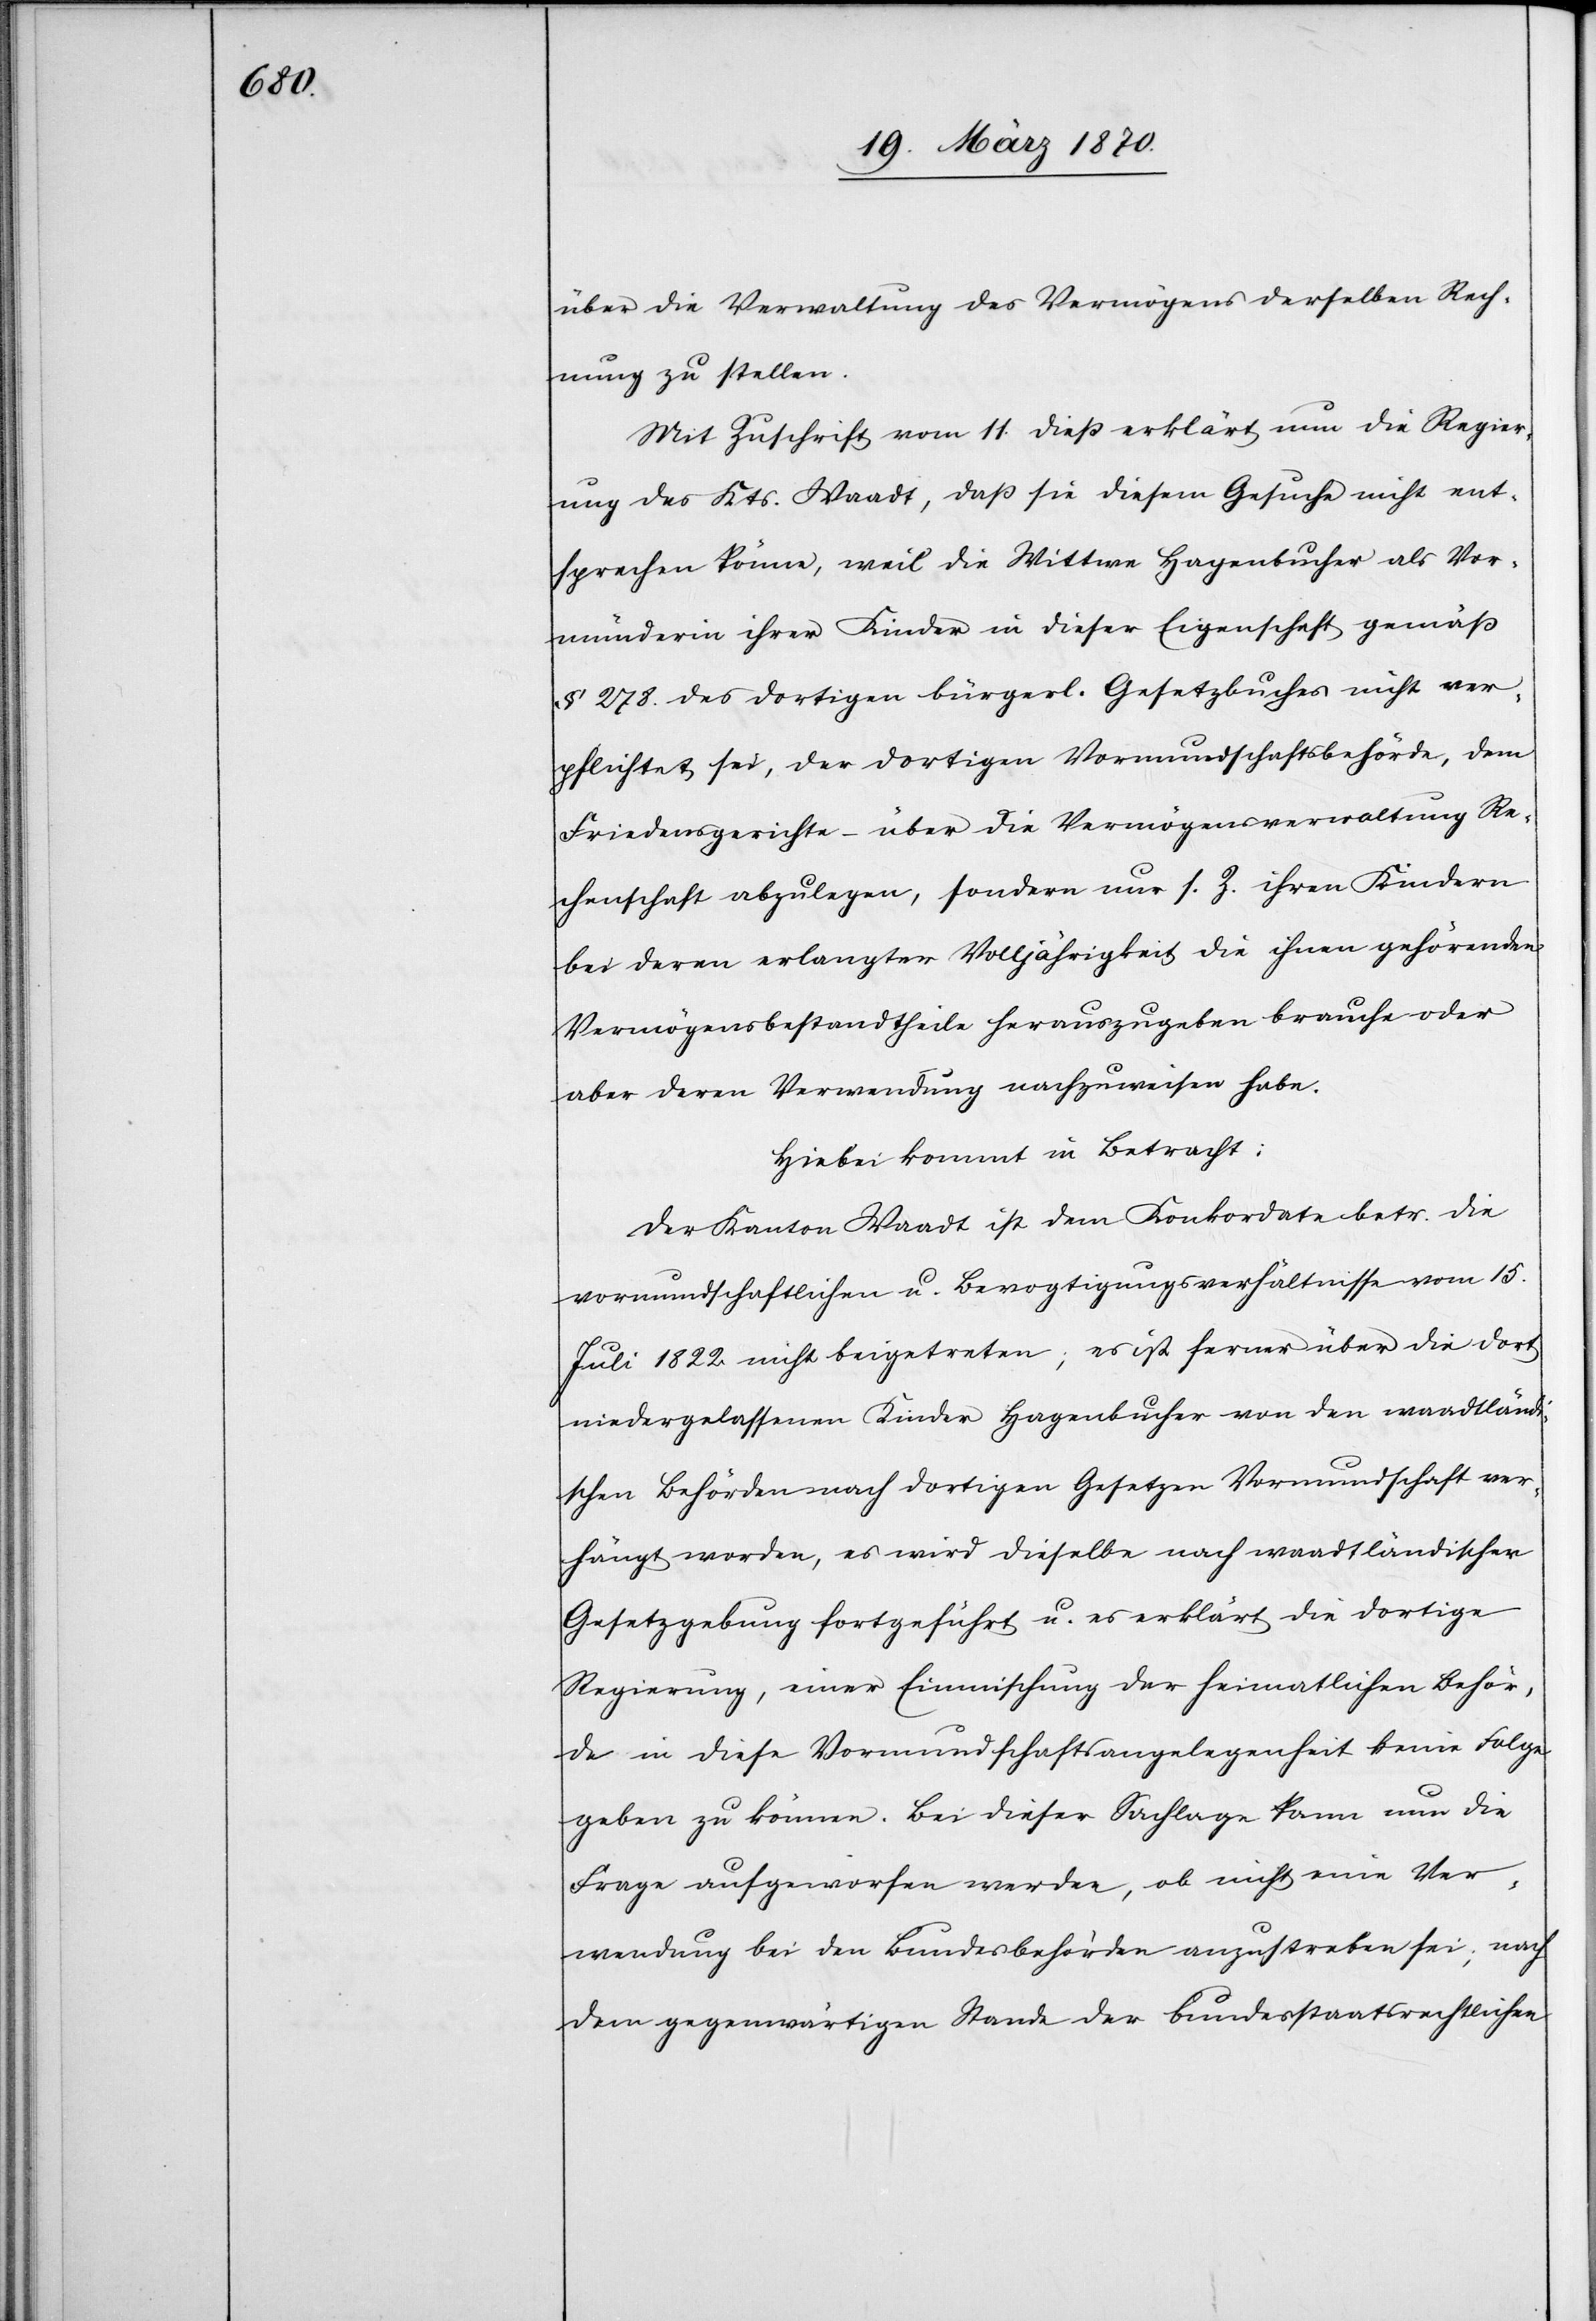
über die Verwaltung des Vermögens derselben Rech¬
nung zu stellen.
Mit Zuschrift vom 11. dieß erklärt nun die Regier¬
ung des Kts. Waadt, daß sie diesem Gesuche nicht ent¬
sprechen könne, weil die Wittwe Hagenbucher als Vor¬
münderin ihrer Kinder in dieser Eigenschaft gemäß
§ 278. des dortigen bürgerl. Gesetzbuches nicht ver¬
pflichtet sei, der dortigen Vormundschaftsbehörde, dem
Friedensgerichte – über die Vermögensverwaltung Re¬
chenschaft abzulegen, sondern nur s. Z. ihren Kindern
bei deren erlangter Volljährigkeit die ihnen gehörenden
Vermögensbestandtheile herauszugeben brauche oder
aber deren Verwendung nachzuweisen habe.
Hiebei kommt in Betracht:
Der Kanton Waadt ist dem Konkordate betr. die
vormundschaftlichen u. Bevogtigungsverhältnisse vom 15.
Juli 1822 nicht beigetreten; es ist ferner über die dort
niedergelassenen Kinder Hagenbucher von den waadtländi¬
schen Behörden nach dortigen Gesetzen Vormundschaft ver¬
hängt worden, es wird dieselbe nach waadtländischer
Gesetzgebung fortgeführt u. es erklärt die dortige
Regierung, einer Einmischung der heimatlichen Behör¬
de in diese Vormundschaftsangelegenheit keine Folge
geben zu können. Bei dieser Sachlage kann nun die
Frage aufgeworfen werden, ob nicht eine Ver¬
wendung bei den Bundesbehörden anzustreben sei; nach
dem gegenwärtigen Stande der bundesstaatsrechtlichen